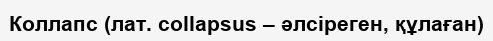
Коллапс (лат. collapsus – әлсіреген, құлаған)